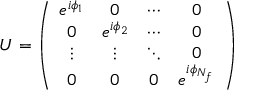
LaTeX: U = \left( \begin{array} { c c c c } { { e ^ { i \phi _ { 1 } } } } & { { 0 } } & { { \cdots } } & { { 0 } } \\ { { 0 } } & { { e ^ { i \phi _ { 2 } } } } & { { \cdots } } & { { 0 } } \\ { { \vdots } } & { { \vdots } } & { { \ddots } } & { { 0 } } \\ { { 0 } } & { { 0 } } & { { 0 } } & { { e ^ { i \phi _ { N _ { f } } } } } \end{array} \right)